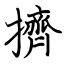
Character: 擠